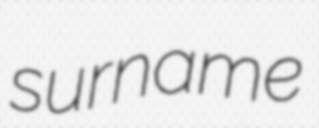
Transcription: surname